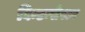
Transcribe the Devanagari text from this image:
विन्टन्सेस्टर